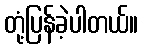
တုံ့ပြန်ခဲ့ပါတယ်။